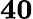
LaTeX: \mathbf{40}